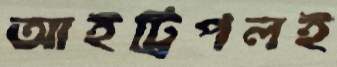
আইট্রিপলই